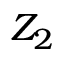
Z _ { 2 }